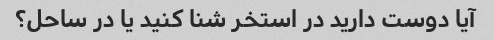
آیا دوست دارید در استخر شنا کنید یا در ساحل؟